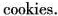
cookies.